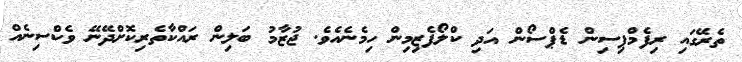
ތެރޭގައި ރިފެމްޕިސިން ޑެޕްސޯން އަދި ކްލޯފެޒިމިން ހިމެނެއެވެ. ޖުޒާމު ބަލިން ރައްކާތެރިކޮށްދޭނޭ ވެކްސިނެއް